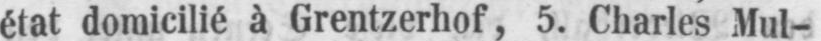
état domicilié à Grentzerhof, 5. Charles Mul-